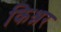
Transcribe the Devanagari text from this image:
किश्नर